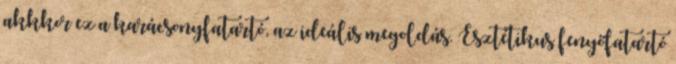
akkkor ez a karácsonyfatartó, az ideális megoldás. Esztétikus fenyőfatartó